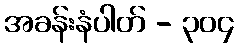
အခန်းနံပါတ် - ၃၀၄